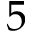
5